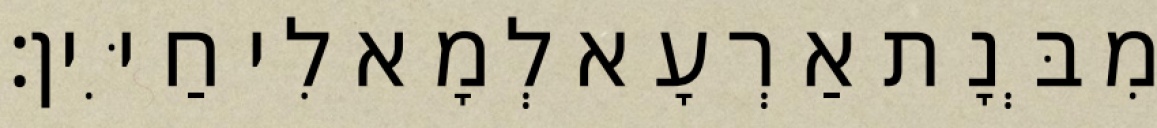
מִבְּנָת אַרְעָא לְמָא לִי חַיִּין׃